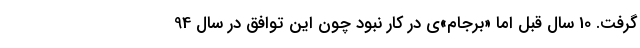
گرفت. 10 سال قبل اما «برجام»ی در کار نبود چون این توافق در سال 94